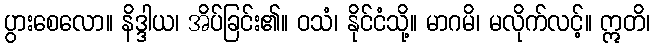
ပွားစေလော။ နိဒ္ဒါယ၊ အိပ်ခြင်း၏။ ဝသံ၊ နိုင်ငံသို့။ မာဂမိ၊ မလိုက်လင့်။ ဣတိ၊